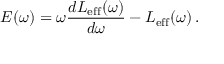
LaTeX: E ( \omega ) = \omega \frac { d L _ { \mathrm { e f f } } ( \omega ) } { d \omega } - L _ { \mathrm { e f f } } ( \omega ) \, .